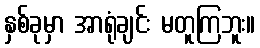
နှစ်ခုမှာ အာရုံချင်း မတူကြဘူး။